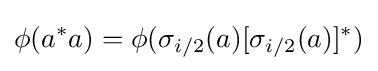
\phi (a^{*}a)=\phi (\sigma _{i/2}(a)[\sigma _{i/2}(a)]^{*})